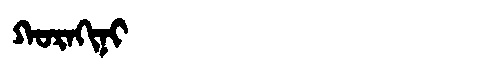
Manchu: ᡴᠣᡵᠠᡴᡳᠨᡳ
Romanization: KORAKINI